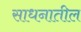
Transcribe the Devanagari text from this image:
साधनातील